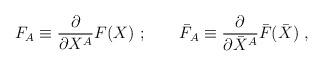
LaTeX: \begin{align*}F_A \equiv \frac{\partial}{\partial X^A} F(X)\ ; \qquad\bar F_A \equiv \frac{\partial}{\partial \bar X^A} \bar F(\bar X)\ ,\end{align*}